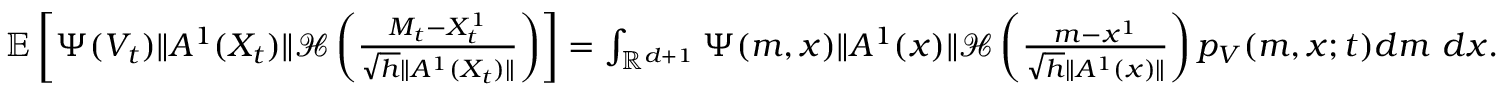
\begin{array} { r } { { \mathbb E } \left[ \Psi ( V _ { t } ) \| A ^ { 1 } ( X _ { t } ) \| { \mathcal H } \left( \frac { M _ { t } - X _ { t } ^ { 1 } } { \sqrt { h } \| A ^ { 1 } ( X _ { t } ) \| } \right) \right] = \int _ { { \mathbb R } ^ { d + 1 } } \Psi ( m , x ) \| A ^ { 1 } ( x ) \| { \mathcal H } \left( \frac { m - x ^ { 1 } } { \sqrt { h } \| A ^ { 1 } ( x ) \| } \right) p _ { V } ( m , x ; t ) d m ~ d x . } \end{array}